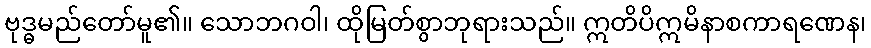
ဗုဒ္ဓမည်တော်မူ၏။ သောဘဂဝါ၊ ထိုမြတ်စွာဘုရားသည်။ ဣတိပိဣမိနာစကာရဏေန၊